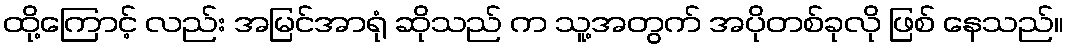
ထို့ကြောင့် လည်း အမြင်အာရုံ ဆိုသည် က သူ့အတွက် အပိုတစ်ခုလို ဖြစ် နေသည်။